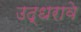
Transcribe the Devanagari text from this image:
उद्धरावे